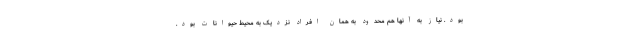
بود. نیاز به آنها هم محدود به همان افراد نزدیک به محیط حیوانات بود.